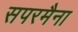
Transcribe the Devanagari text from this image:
सपरमैना